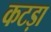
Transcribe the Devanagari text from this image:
कटड़ा